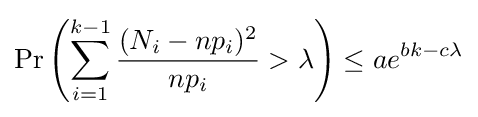
\Pr \left(\sum _{i=1}^{k-1}{\frac {(N_{i}-np_{i})^{2}}{np_{i}}}>\lambda \right)\leq ae^{bk-c\lambda }